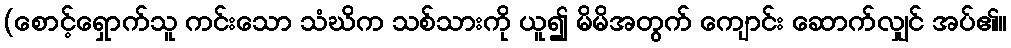
(စောင့်ရှောက်သူ ကင်းသော သံဃိက သစ်သားကို ယူ၍ မိမိအတွက် ကျောင်း ဆောက်လျှင် အပ်၏။